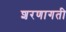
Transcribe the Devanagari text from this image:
शरणागती